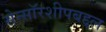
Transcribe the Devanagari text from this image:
सेन्सॉरशीपबद्दल